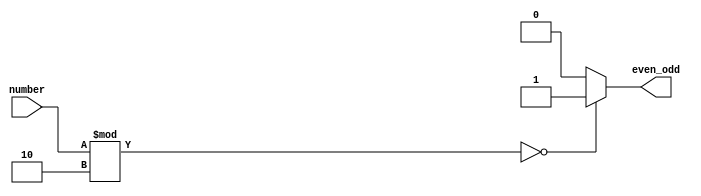
`timescale 1ns / 1ps

module even_or_odd(
    input [3:0] number,
    output reg even_odd);

parameter EVEN= 1'b1, ODD= 1'b0;

always@(number)
    begin
        even_odd= check_even_odd(number);

            if(even_odd== 1'b1) $display("\t\t %d is an even number", number);
            else $display("\t\t %d is an odd number", number);
    end


function check_even_odd;
    input [3:0]num;
        begin
            if(num%2== 0) check_even_odd= EVEN;
            else check_even_odd= ODD;
        end
endfunction

endmodule